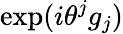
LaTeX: \mathrm{exp}(i\theta^{j}g_{j})